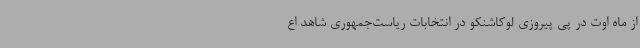
از ماه اوت در پی پیروزی لوکاشنکو در انتخابات ریاست‌جمهوری شاهد اع